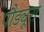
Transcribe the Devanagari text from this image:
पौड्यूरा